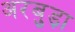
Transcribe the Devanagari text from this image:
अरबुड़ा